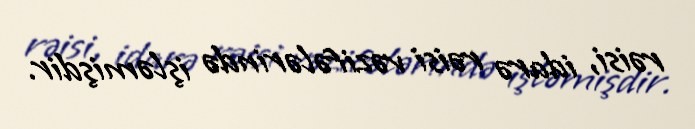
rəisi, idarə rəisi vəzifələrində işləmişdir.